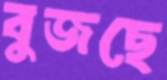
বুজছে